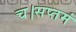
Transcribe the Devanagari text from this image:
च।सप्तमं